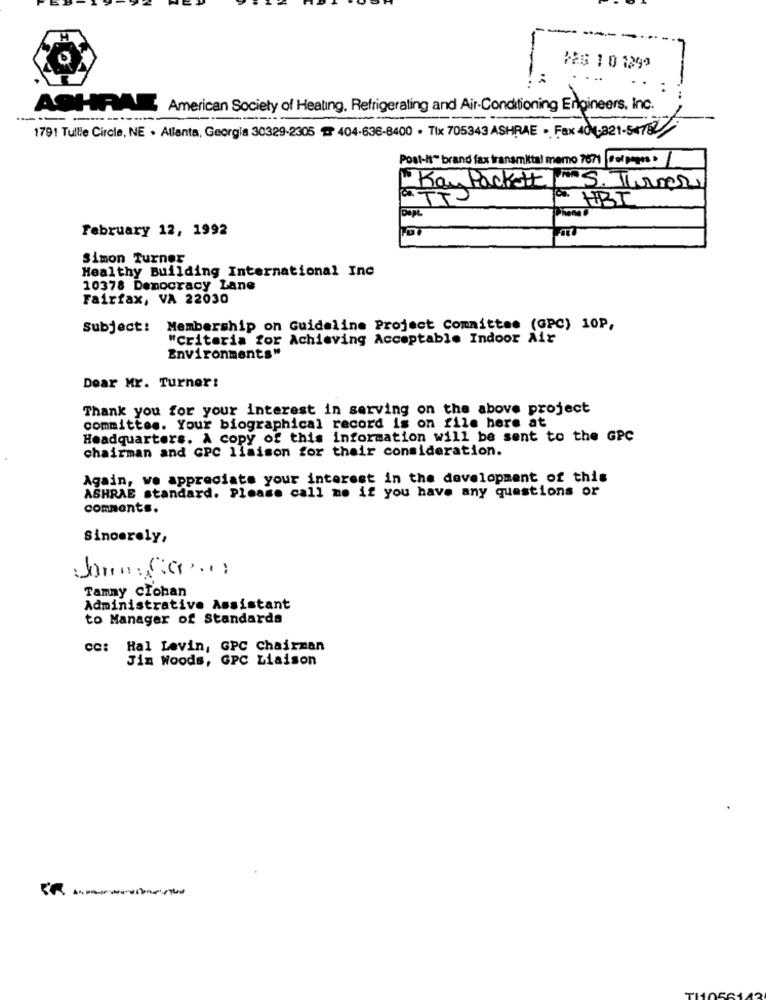
Has 1 0 1299
:
:
ASHRAE American Society of Heating, Refrigerating and Air-Conditioning Engineers, Inc.
----
1791 Tulle Circle, NE . Atlanta, Georgia 30329-2305 # 404-636-8400 . Tix 705343 ASHRAE . Fax 401-321-54782
Post-it" brand fax transmittal memo 7671 Pol pages
Kau Parkett "S. Turner
C. HBT
February 12, 1992
Simon Turner
Healthy Building International Inc
10378 Democracy Lane
Fairfax, VA 22030
Subject: Membership on Guideline Project Committee (GPC) 10P,
"Criteria for Achieving Acceptable Indoor Air
Environments"
Dear Mr. Turner!
Thank you for your interest in serving on the above project
committee. Your biographical record is on file here at
Headquarters. A copy of this information will be sent to the GPC
chairman and GPC Ilaison for their consideration.
Again, we appreciate your interest in the development of this
ASHRAE standard. Please call me if you have any questions or
comments.
Sincerely,
Tamny clohan
Administrative Assistant
to Manager of Standards
cc: Hal Levin, GPC Chairman
Jim Woods, GPC Liaison